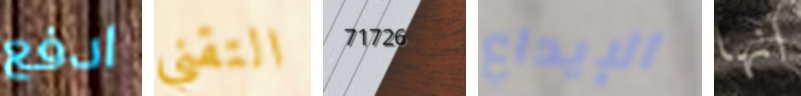
ادفع التقني 71726 الإيداع انها